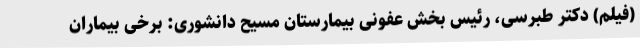
(فیلم) دکتر طبرسی، رئیس بخش عفونی بیمارستان مسیح دانشوری: برخی بیماران